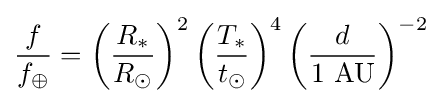
{\frac {f}{f_{\oplus }}}=\left({\frac {R_{\ast }}{R_{\odot }}}\right)^{2}\left({\frac {T_{\ast }}{t_{\odot }}}\right)^{4}\left({\frac {d}{\mathrm {1\ AU} }}\right)^{-2}